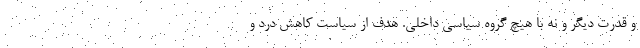
و قدرت ديگر و نه با هيچ گروه سياسي داخلي. هدف از سياست كاهش درد و